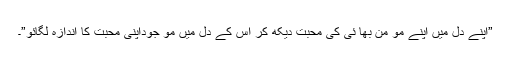
”اپنے دل میں اپنے مو من بھا ئی کی محبت دیکھ کر اس کے دل میں مو جوداپنی محبت کا اندازہ لگائو”۔